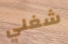
شغلي